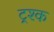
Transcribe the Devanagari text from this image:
ट्रश्क